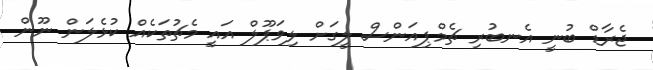
ޖެރާޑް ބުނީ އެނބުރި ޗެމްޕިއަންސް ލީގަށް ލިވަޕޫލް އައީ މެޗުތަކެއް ކުޅެލަން ނޫން